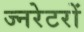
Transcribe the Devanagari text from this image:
ज्नरेटरों